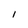
Character: I